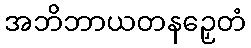
အဘိဘာယတနဉှေတံ